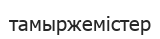
тамыржемістер